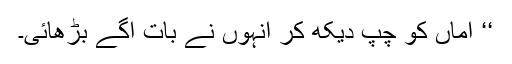
‘‘ اماں کو چپ دیکھ کر انہوں نے بات آگے بڑھائی۔